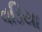
વડિયા